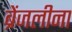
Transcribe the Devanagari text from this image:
ब्रेंजलीना